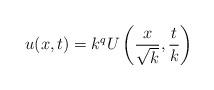
LaTeX: \begin{align*}u(x,t)=k^qU\left(\frac{x}{\sqrt{k}},\frac{t}{k}\right)\end{align*}